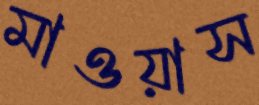
মাওয়াস